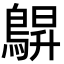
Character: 鵿